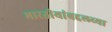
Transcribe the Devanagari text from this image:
भारतीयांबद्दलच्या